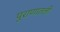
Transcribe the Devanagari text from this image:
पुराणातली